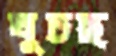
ঘুচছ